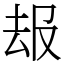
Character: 叝